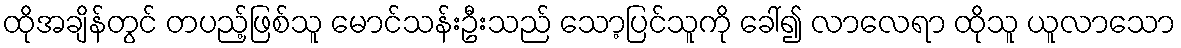
ထိုအချိန်တွင် တပည့်ဖြစ်သူ မောင်သန်းဦးသည် သော့ပြင်သူကို ခေါ်၍ လာလေရာ ထိုသူ ယူလာသော